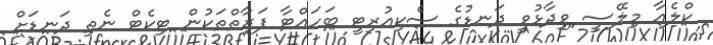
ކްލެއާ މިލޭސީ ވިދާޅުވީ ދަނޑުގެ ސެކިއުރިޓީ ބަހައްޓާ ފަރާތްތަކުން ޓިކެޓް ނެތި ދަނޑަށް